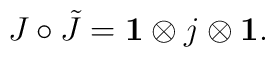
J \circ \tilde{J} = {\bf 1} \otimes j \otimes  {\bf 1}.